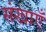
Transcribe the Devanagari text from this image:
संखाएँ